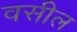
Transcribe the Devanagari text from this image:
वसील